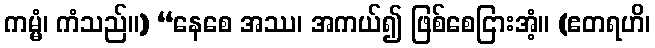
ကမ္မံ၊ ကံသည်။) “နေစေ အဿ၊ အကယ်၍ ဖြစ်စေငြားအံ့။ (ဧတရဟိ၊